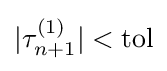
|\tau _{n+1}^{(1)}|<{\text{tol}}